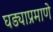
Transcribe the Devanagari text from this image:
घड्याप्रमाणे